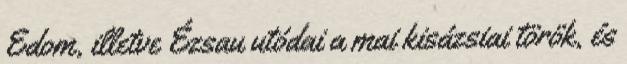
Edom, illetve Ézsau utódai a mai kisázsiai török, és